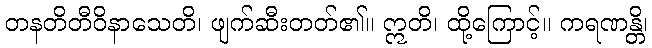
တနတိတီဝိနာသေတိ၊ ဖျက်ဆီးတတ်၏။ ဣတိ၊ ထို့ကြောင့်။ ကရဏန္တိ၊